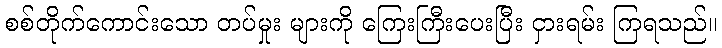
စစ်တိုက်ကောင်းသော တပ်မှုး များကို ကြေးကြီးပေးပြီး ငှားရမ်း ကြရသည်။